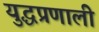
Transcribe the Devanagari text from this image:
युद्धप्रणाली